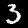
Digit: 3